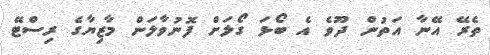
ތެރޭ އޭނާ އަތުން ދޫވެ އެ ބޯޅަ ގޯލަށް ފޮނުވާލަން މާޒިޔާގެ ރިސްޓޭ